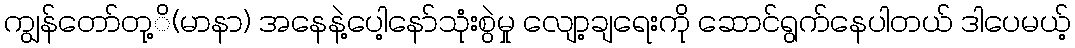
ကျွန်တော်တု့ိ(မာနာ) အနေနဲ့ပေါ့နော်သုံးစွဲမှု လျော့ချရေးကို ဆောင်ရွက်နေပါတယ် ဒါပေမယ့်